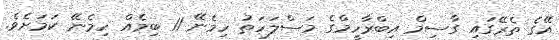
އޭގެ ތެރޭގައި ގާސިމް އިބްރާހީމްގެ މަސްލަހަތު ހިމެނޭ 11 ބިމެއް ހިމެނޭ ކަމަށެވެ.